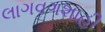
લાગવગશાહી